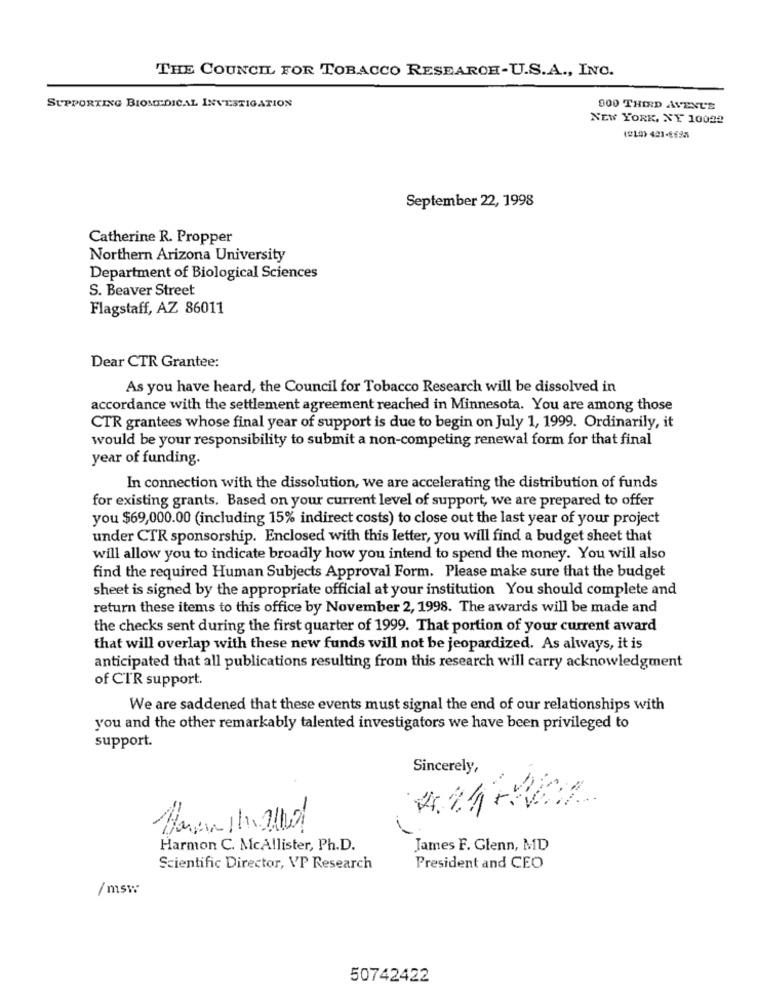
THE COUNCIL FOR TOBACCO RESEARCH-U.S.A ., INC.
SUPPORTING BIOMEDICAL INVESTIGATION
000 THIRD AVENUE
NEW YORK, NY 10022
(219) 421-8695
September 22, 1998
Catherine R. Propper
Northern Arizona University
Department of Biological Sciences
S. Beaver Street
Flagstaff, AZ 86011
Dear CTR Grantee:
As you have heard, the Council for Tobacco Research will be dissolved in
accordance with the settlement agreement reached in Minnesota. You are among those
CTR grantees whose final year of support is due to begin on July 1, 1999. Ordinarily, it
would be your responsibility to submit a non-competing renewal form for that final
year of funding.
In connection with the dissolution, we are accelerating the distribution of funds
for existing grants. Based on your current level of support, we are prepared to offer
you $69,000.00 (including 15% indirect costs) to close out the last year of your project
under CTR sponsorship. Enclosed with this letter, you will find a budget sheet that
will allow you to indicate broadly how you intend to spend the money. You will also
find the required Human Subjects Approval Form. Please make sure that the budget
sheet is signed by the appropriate official at your institution You should complete and
return these items to this office by November 2, 1998. The awards will be made and
the checks sent during the first quarter of 1999. That portion of your current award
that will overlap with these new funds will not be jeopardized. As always, it is
anticipated that all publications resulting from this research will carry acknowledgment
of CTR support.
We are saddened that these events must signal the end of our relationships with
you and the other remarkably talented investigators we have been privileged to
support.
Sincerely,
424-202
Harmon C. McAllister, Ph.D.
James F. Glenn, MD
Scientific Director, VP Research
President and CEO
/msw
50742422